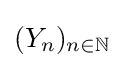
(Y_{n})_{n\in \mathbb {N} }